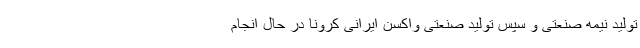
تولید نیمه صنعتی و سپس تولید صنعتی واکسن ایرانی کرونا در حال انجام